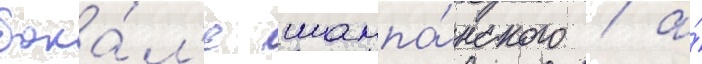
бока́л'е шампа́нского / а́